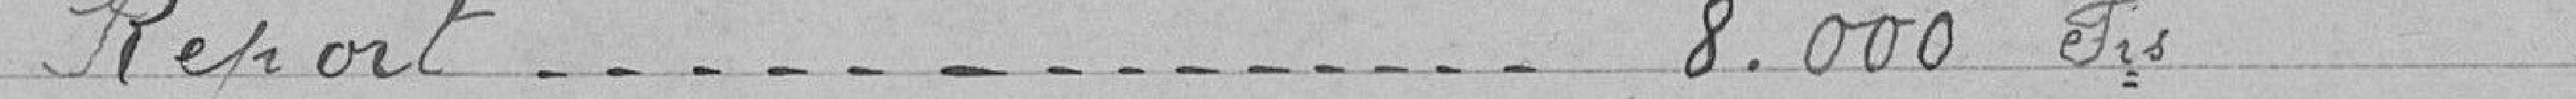
Report...............................8.000Frs